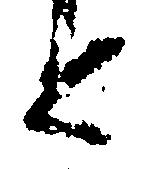
と